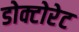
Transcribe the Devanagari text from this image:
डोक्टोरेट